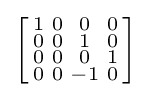
\left[{\begin{smallmatrix}1&0&0&0\\0&0&1&0\\0&0&0&1\\0&0&-1&0\\\end{smallmatrix}}\right]